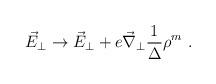
LaTeX: \begin{align*}\vec{E}_{\perp} \rightarrow \vec{E}_{\perp} + e \vec{\nabla } _{\perp} \frac{1}{\Delta}\rho^{m} \ .\end{align*}